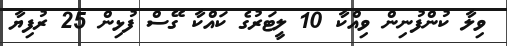
ވިލާ ކުންފުނިން ވިއްކާ 10 ލީޓަރުގެ ކައްކާ ގޭސް ފުޅިން 25 ރުފިޔާ